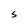
Character: s